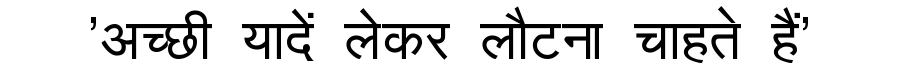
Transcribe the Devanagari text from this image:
'अच्छी यादें लेकर लौटना चाहते हैं'